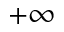
+ \infty